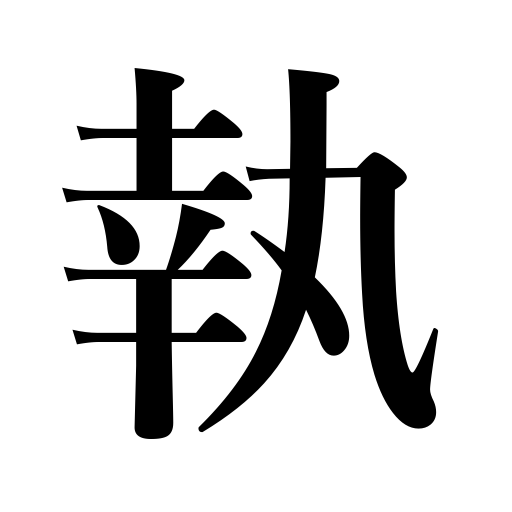
Meanings: strike out words,press a point home,hold,require,engage graduates,procure,catch,steal,take a picture,charge,capture,set up camp,eat,obtain,seize,need,pluck,catch fish,choose,produce,take off one's hat,capture territory,make out the meaning,take out spots,take,fetch,remove,deprive of,reserve rooms,take pains,subscribe to,administer,receive,order foodstuffs,annex,transact,weed,adopt a measure,make,pick,possess